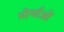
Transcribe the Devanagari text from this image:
मोर्चाओं